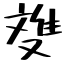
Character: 﨎